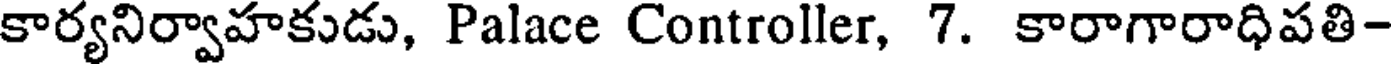
కార్యనిర్వాహకుడు, Palace Controller, 7. కారాగారాధిపతి-